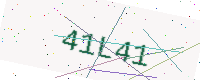
Text: 41L41